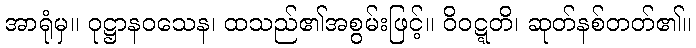
အာရုံမှ။ ဝုဋ္ဌာနဝသေန၊ ထသည်၏အစွမ်းဖြင့်။ ဝိဝဋ္ဋတိ၊ ဆုတ်နစ်တတ်၏။